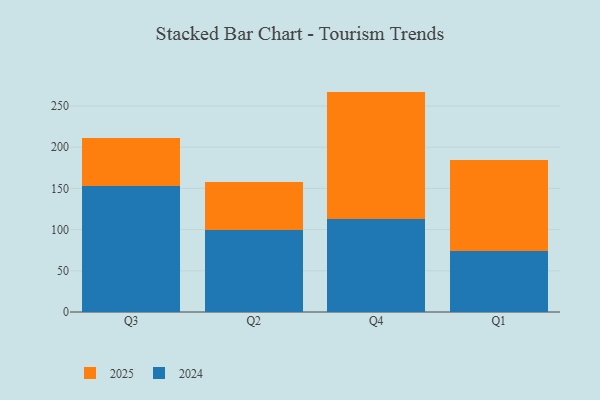
{"axis": {"x": "Quarter", "y": "Satisfaction Score"}, "legend": ["2024", "2025"], "data": [{"x": "Q3", "y": 153.2, "type": "2024"}, {"x": "Q3", "y": 58.4, "type": "2025"}, {"x": "Q2", "y": 100.0, "type": "2024"}, {"x": "Q2", "y": 57.2, "type": "2025"}, {"x": "Q4", "y": 113.3, "type": "2024"}, {"x": "Q4", "y": 154.2, "type": "2025"}, {"x": "Q1", "y": 74.0, "type": "2024"}, {"x": "Q1", "y": 111.0, "type": "2025"}]}